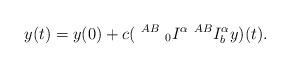
LaTeX: \begin{align*} y(t)=y(0)+c (~^{AB}~_{0}I^\alpha ~^{AB}I_b^\alpha y)(t). \end{align*}